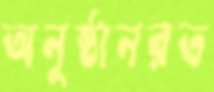
অনুষ্ঠানরত